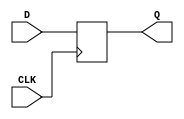
module D_flip_flop (
    input D,
    input CLK,
    output reg Q
);

always @(posedge CLK) begin
    Q <= D;
end

endmodule